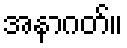
အနာဂတ်။